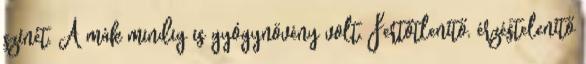
színét. A mák mindig is gyógynövény volt. Fertőtlenítő, érzéstelenítő